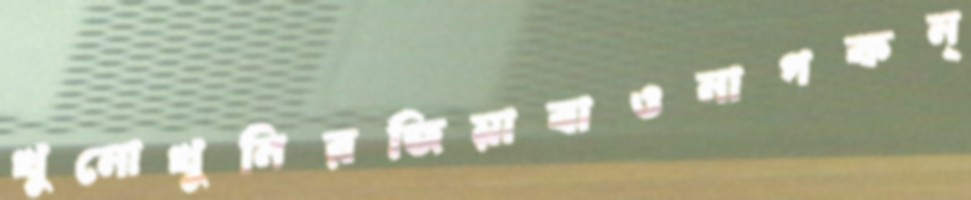
খুনোখুনিরজিয়াবাওনাগকন্